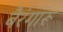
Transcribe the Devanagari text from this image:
बैरंगारू